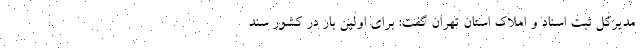
مدیرکل ثبت اسناد و املاک استان تهران گفت: برای اولین بار در کشور سند